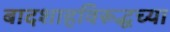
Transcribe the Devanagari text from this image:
बादशाहविरूद्धच्या